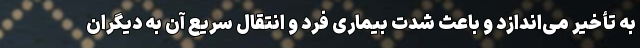
به تأخیر می‌اندازد و باعث شدت بیماری فرد و انتقال سریع آن به دیگران